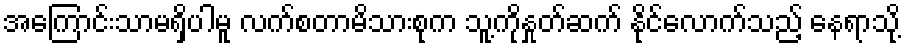
အကြောင်းသာမရှိပါမူ လက်စတာမိသားစုက သူ့ကိုနှုတ်ဆက် နိုင်လောက်သည့် နေရာသို့